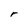
Character: r